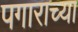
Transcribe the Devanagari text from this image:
पगाराच्या